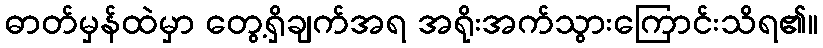
ဓာတ်မှန်ထဲမှာ တွေ့ရှိချက်အရ အရိုးအက်သွားကြောင်းသိရ၏။